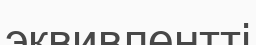
эквивлентті